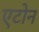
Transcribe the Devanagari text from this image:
एटोन